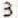
3